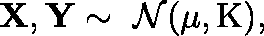
\mathbf { X } , \mathbf { Y } \sim \ { \mathcal { N } } ( \mathbf { \mu } , \operatorname { K } ) ,